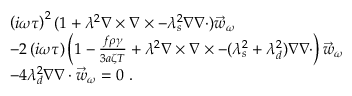
\begin{array} { r l } & { \left( i \omega \tau \right) ^ { 2 } ( 1 + \lambda ^ { 2 } \nabla \times \nabla \times - \lambda _ { s } ^ { 2 } \nabla \nabla \cdot ) \vec { w } _ { \omega } } \\ & { - 2 \left( i \omega \tau \right) \left( 1 - \frac { f \rho \gamma } { 3 a \zeta T } + \lambda ^ { 2 } \nabla \times \nabla \times - ( \lambda _ { s } ^ { 2 } + \lambda _ { d } ^ { 2 } ) \nabla \nabla \cdot \right) \vec { w } _ { \omega } } \\ & { - 4 \lambda _ { d } ^ { 2 } \nabla \nabla \cdot \vec { w } _ { \omega } = 0 \ . } \end{array}